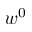
w ^ { 0 }